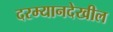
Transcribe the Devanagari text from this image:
दरम्यानदेखील